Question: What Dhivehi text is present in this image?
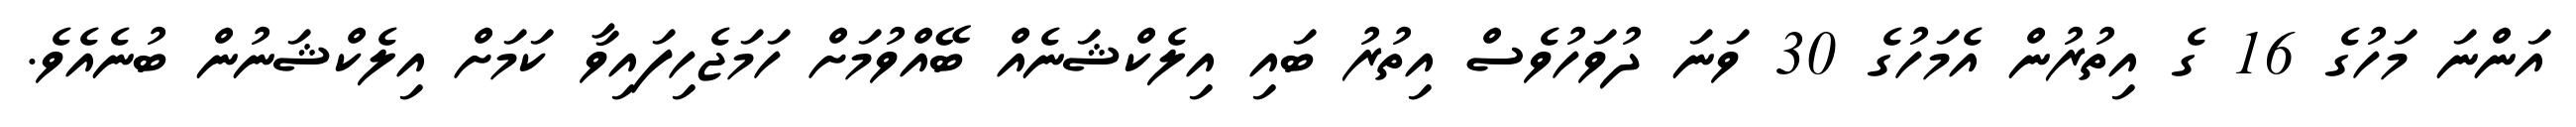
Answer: އަންނަ މަހުގެ 16 ގެ އިތުރުން އެމަހުގެ 30 ވަނަ ދުވަހުވެސް އިތުރު ބައި އިލެކްޝަނެއް ބޭއްވުމަށް ހަމަޖެހިފައިވާ ކަމަށް އިލެކްޝަނުން ބުނެއެވެ.